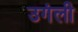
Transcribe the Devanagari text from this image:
उगंली